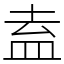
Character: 盍